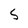
Character: 5